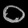
Digit: ၀